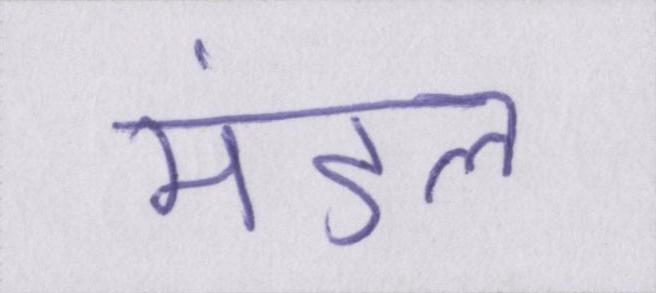
मंडल